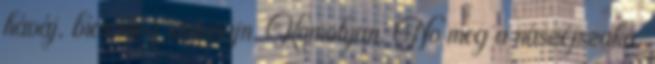
háváj, bícs meg szánsájn. Komolyan. No meg a nászéjszaka,